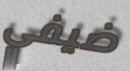
ضيفي